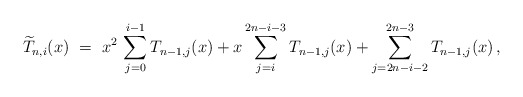
\begin{align*}\widetilde{T}_{n,i}(x)\ =\ x^{2}\,\sum_{j=0}^{i-1}T_{n-1,j}(x)+x\sum_{j=i}^{2n-i-3}T_{n-1,j}(x)+\sum_{j=2n-i-2}^{2n-3}T_{n-1,j}(x)\,,\end{align*}